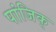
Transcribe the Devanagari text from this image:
पांजिक्